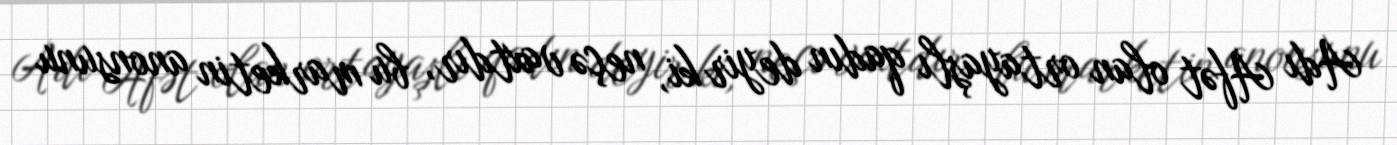
Adı Afət olan ortayaşlı qadın deyir ki, neçə vaxtdır, bu marketin anonsunu